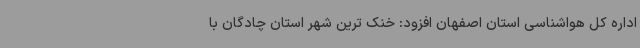
اداره کل هواشناسی استان اصفهان افزود: خنک ترین شهر استان چادگان با